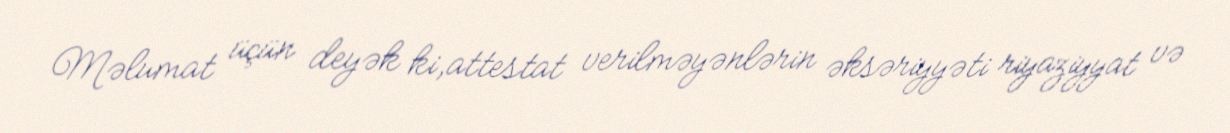
Məlumat üçün deyək ki,attestat verilməyənlərin əksəriyyəti riyaziyyat və